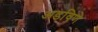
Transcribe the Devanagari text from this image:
अडविणे